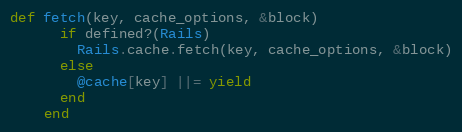
Language: Ruby
def fetch(key, cache_options, &block)
      if defined?(Rails)
        Rails.cache.fetch(key, cache_options, &block)
      else
        @cache[key] ||= yield
      end
    end